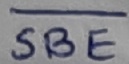
Text: SBE